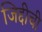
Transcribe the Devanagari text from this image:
जिद्दीची